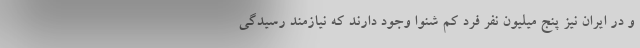
و در ایران نیز پنج میلیون نفر فرد کم شنوا وجود دارند که نیازمند رسیدگی